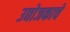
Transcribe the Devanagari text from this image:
उद्योजकाचे